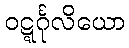
ဝဋ္ဋင်္ဂုလိယော